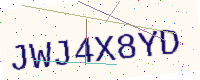
Text: JWJ4X8YD